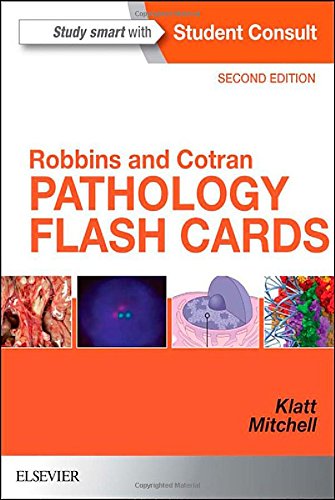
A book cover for Robbins and Cotran Pathology Flash Cards, 2e (Robbins Pathology); Edward C. Klatt MD; Medical Books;